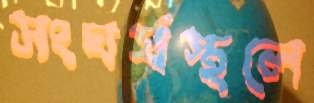
সংঘর্ষস্থলে